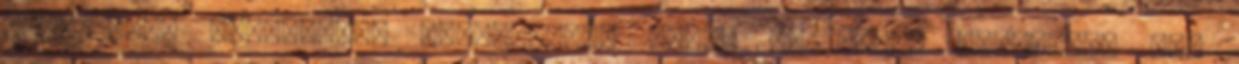
hogy most nekiálljak fantáziálni erre. Az ilyen dolgaimat már